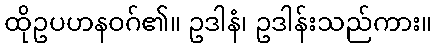
ထိုဥပဟနဝဂ်၏။ ဥဒါနံ၊ ဥဒါန်းသည်ကား။